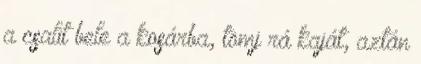
a csalit bele a kosárba, tömj rá kaját, aztán